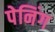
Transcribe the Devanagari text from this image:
पेनिंग